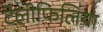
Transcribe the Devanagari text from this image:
टेलीफिलिया